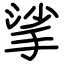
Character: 挲